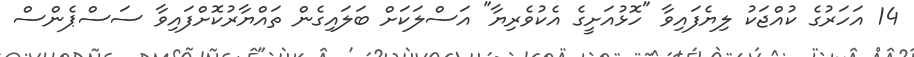
14 އަހަރުގެ ކުއްޖަކު ލިޔެފައިވާ "ހޮޅުއަށީގެ އެކުވެރިޔާ" އަސްލަކަށް ބަލައިގެން ތައްޔާރުކޮށްފައިވާ ސަސްޕެންސް